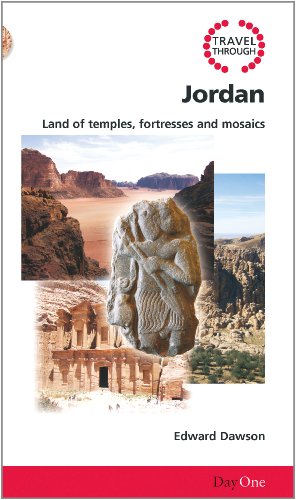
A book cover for Travel Through Jordan: Land of Temples, Fortresses and Mosaics (Day One Travel Guides); Edward Dawson; Travel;